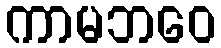
ကာမဘဝေ